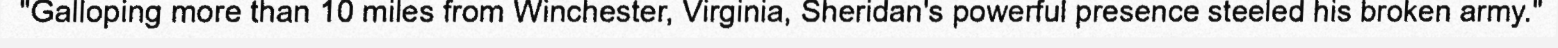
"Galloping more than 10 miles from Winchester, Virginia, Sheridan's powerful presence steeled his broken army."